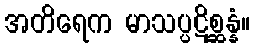
အတိရေက မာသပ္ပဋိစ္ဆန္နံ။